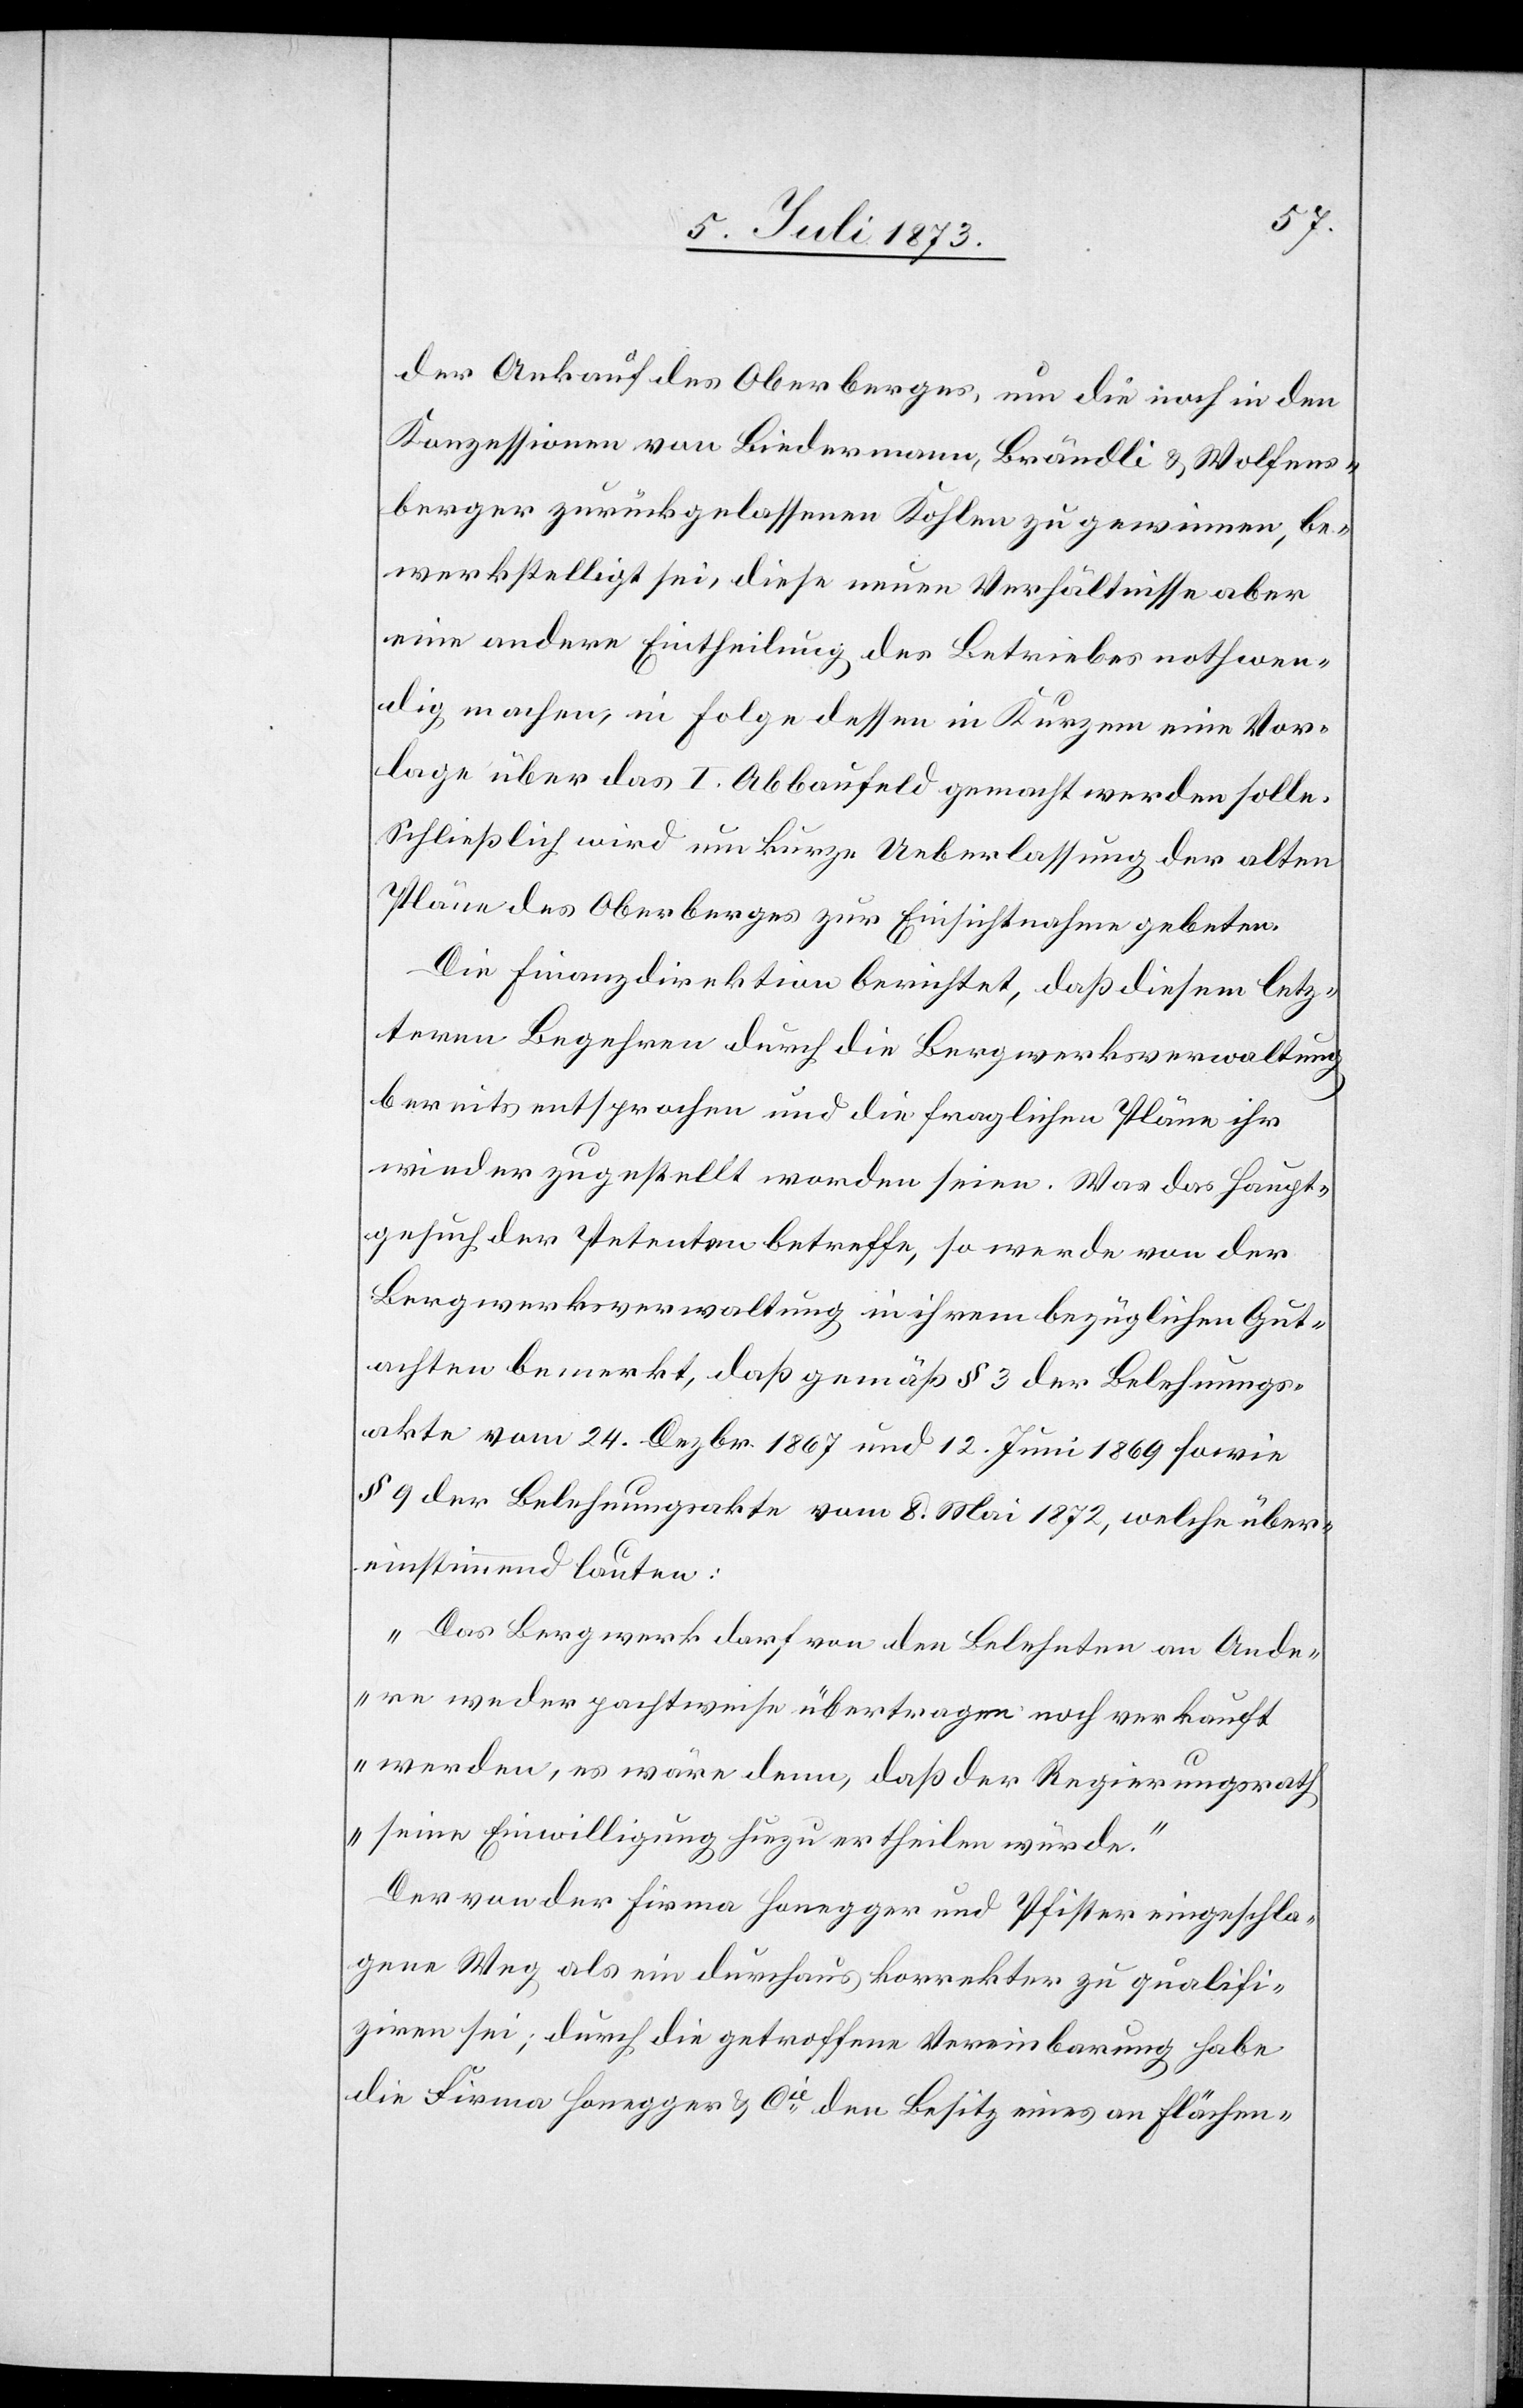
der Ankauf des Oberberges, um die noch in den
Konzessionen von Biedermann, Brändli & Wolfens¬
berger zurückgelassenen Kohlen zu gewinnen, be¬
werkstelligt sei, diese neuen Verhältnisse aber
eine andere Eintheilung des Betriebes nothwen¬
dig machen, in Folge dessen in Kurzem eine Vor¬
lage über das I. Abbaufeld gemacht werden solle.
Schließlich wird um kurze Ueberlassung der alten
Pläne des Oberberges zur Einsichtnahme gebeten.
Die Finanzdirektion berichtet, daß diesem letz¬
teren Begehren durch die Bergwerksverwaltung
bereits entsprochen und die fraglichen Pläne ihr
wieder zugestellt worden seien. Was das Haupt¬
gesuch der Petenten betreffe, so werde von der
Bergwerksverwaltung in ihrem bezüglichen Gut¬
achten bemerkt, daß gemäß § 3 der Belehnungs¬
akte vom 24. Dezbr. 1867 und 12. Juni 1869 sowie
§ 9 der Belehnungsakte vom 8. Mai 1872, welche über¬
einstimmend lauten:
„Das Bergwerk darf von den Belehnten an Ande¬
re weder pachtweise übertragen noch verkauft
werden, es wäre denn, daß der Regierungsrath
seine Einwilligung hiezu ertheilen würde.“
Der von der Firma Honegger und Pfister eingeschla¬
gene Weg als ein durchaus korrekter zu qualifi¬
ziren sei; durch die getroffene Vereinbarung habe
die Firma Honegger & Cie den Besitz eines an Flächen-